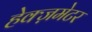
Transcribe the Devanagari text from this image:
हेक्ज़मेटर